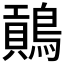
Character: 𪄌